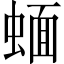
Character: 蝒